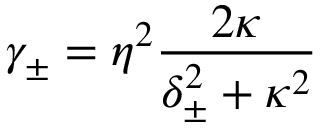
\gamma _ { \pm } = \eta ^ { 2 } \frac { 2 \kappa } { \delta _ { \pm } ^ { 2 } + \kappa ^ { 2 } }